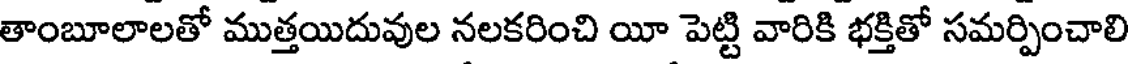
తాంబూలాలతో ముత్తయిదువుల నలకరించి యీ పెట్టి వారికి భక్తితో సమర్పించాలి